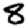
Digit: 8